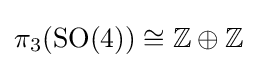
\pi _{3}(\mathrm {SO} (4))\cong \mathbb {Z} \oplus \mathbb {Z}